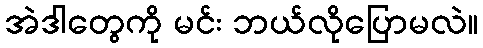
အဲဒါတွေကို မင်း ဘယ်လိုပြောမလဲ။